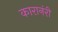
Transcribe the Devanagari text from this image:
कारानंरी